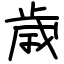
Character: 歳